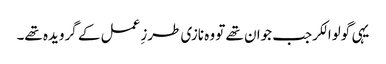
یہی گولوالکرجب جوان تھے تو وہ نازی طرزِ عمل کے گرویدہ تھے۔